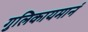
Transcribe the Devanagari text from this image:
गुलिकायमानं